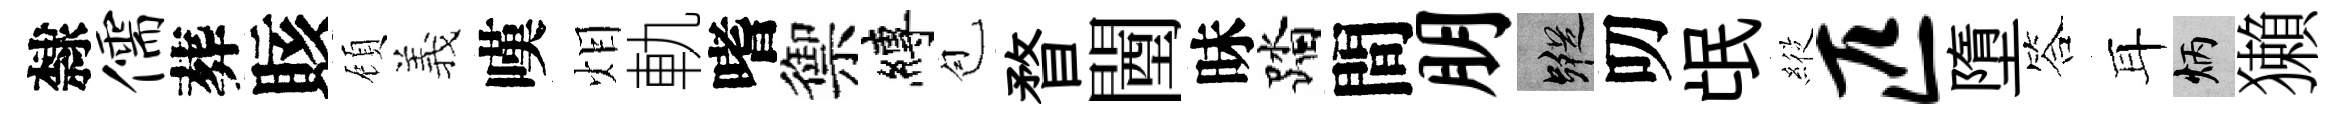
隸儒葬賅頋義嘆𤇆軌嗜禦縛苞瞀闉昧踏間朋蹤叨氓𦂵匹墮答耳炳獺